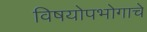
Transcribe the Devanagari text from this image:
विषयोपभोगाचे